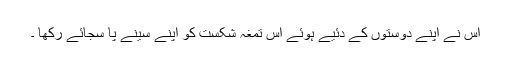
اس نے اپنے دوستوں کے دئیے ہوئے اس تمغہ شکست کو اپنے سینے پا سجائے رکھا ۔